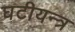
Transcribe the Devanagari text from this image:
घटीयन्त्र